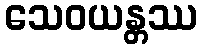
သေဝယန္တဿ